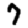
Digit: 7